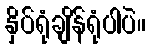
နှိပ်ရုံချိန်ရုံပါပဲ။